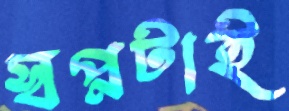
স্বপ্নটাই